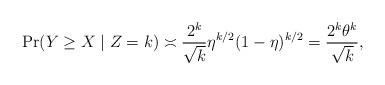
LaTeX: \begin{align*}\Pr(Y \geq X \mid Z = k) \asymp \frac{2^k}{\sqrt{k}} \eta^{k/2}(1-\eta)^{k/2} = \frac{2^k \theta^k}{\sqrt{k}},\end{align*}